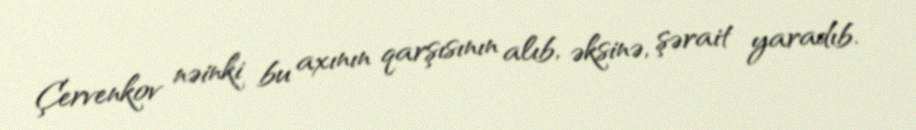
Çervenkov nəinki bu axının qarşısının alıb, əksinə, şərait yaradıb.